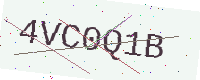
Text: 4VC0Q1B